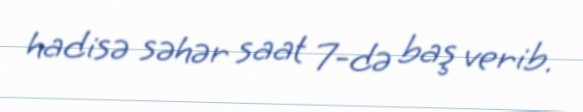
hadisə səhər saat 7-də baş verib.